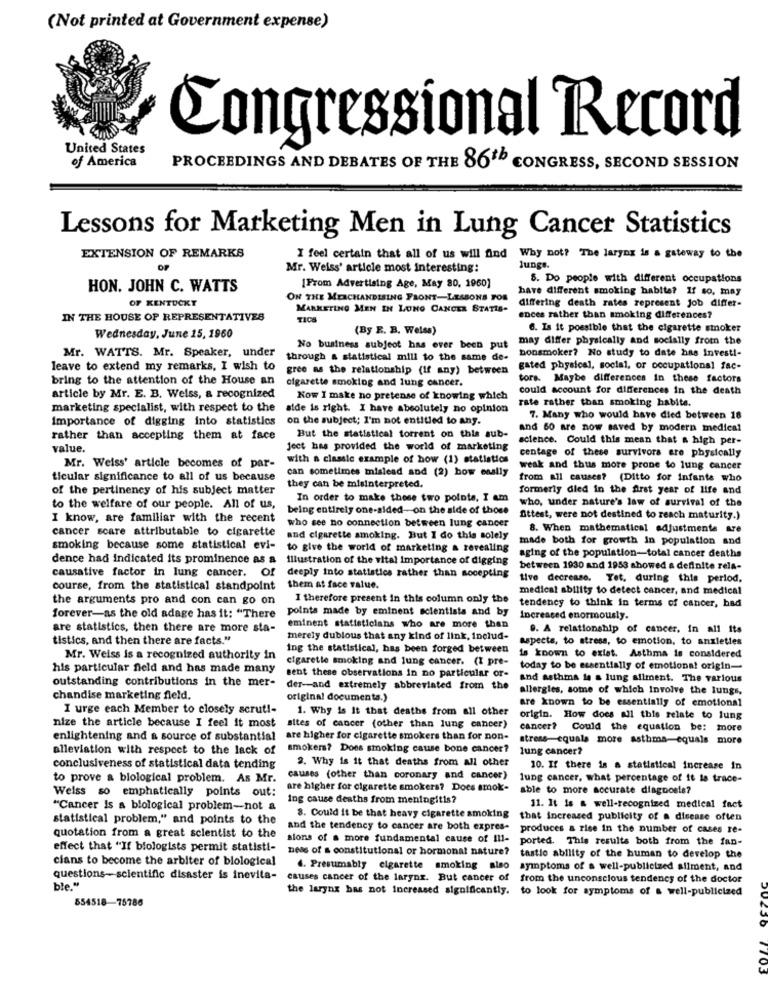
(Not printed at Government expense)
Congressional Record
United States
of America
PROCEEDINGS AND DEBATES OF THE 86ª CONGRESS, SECOND SESSION
Lessons for Marketing Men in Lung Cancer Statistics
EXTENSION OF REMARKS
I feel certain that all of us will find Why not? The larynx is a gateway to the
Mr. Weiss' article most interesting:
Junge.
5. Do people with different occupations
HON. JOHN C. WATTS
[From Advertising Age, May 80, 1960]
have different smoking habite? If so. may
OF KENTUCKY
ON THE MERCHANDISING FRONT-LESSONS FOR
MARKETING MEN IN LUNG CANCER STATIS-
differing death rates represent Job differ-
IN THE HOUSE OF REPRESENTATIVES
ences rather than smoking differences?
(By E. B. Weiss)
6. Is it possible that the cigarette smoker
Wednesday, June 15, 1960
may differ physically and socially from the
Mr. WATTS. Mr. Speaker, under
No business subject has ever been put
bonsmoker? No study to date has Investi-
through a statistical mill to the same de-
leave to extend my remarks, I wish to
gree as the relationship (If any) between
gated physical, social, or occupational fac-
bring to the attention of the House an
cigarette smoking and lung cancer.
tors. Maybe differences in these factors
could account for differences in the death
article by Mr. E. B. Weiss, a recognized
Kow I make no pretense of knowing which
rate rather than smoking habite.
marketing specialist, with respect to the
alde is right. I have absolutely no opinion
Importance of digging into statistics
on the subject; I'm not entitled to any.
7. Many who would have died between 18
and 60 are now saved by modern medical
rather than accepting them at face
But the statistical torrent on this sub-
science. Could this mean that a high per-
value.
ject has provided the world of marketing
centage of these survivors ere physically
with a classic example of how (1) statistics
Mr. Weiss' article becomes of par-
can sometimes mislead and (2) bow enslly
weak and thus more prone to lung cancer
ticular significance to all of us because
from all causes? (Ditto for infants who
of the pertinency of his subject matter
they can be misinterpreted.
formerly died in the first year of life and
In order to make those two points, I am
who, under nature's law of survival of the
to the welfare of our people. All of us,
being entirely one-sided-on the side of those
I know, are familiar with the recent
Attest, were not destined to reach maturity.)
cancer scare attributable to cigarette
who see no connection between lung cancer
8. When mathematical adjustments are
and cigarette smoking. But I do this solely
made both for growth in population and
smoking because some statistical evi-
to give the world of marketing & revealing
dence had indicated its prominence as a
Illustration of the vital importance of digging
aging of the population-total cancer deaths
between 1930 and 1953 showed a definite rela-
causative factor in lung cancer. Of
deeply into statistics rather than socepting
tive decrease. Yet. during this period.
course, from the statistical standpoint
them at face value.
medical ability to detect cancer, and medical
the arguments pro and con can go on
I therefore present in this column only the
tendency to think in terms of cancer, had
points made by eminent scientists and by
forever-as the old adage has it: "There
Increased enormously.
are statistics, then there are more sta-
eminent statisticians who are more than
9. A relationship of cancer. in all its
tistics, and then there are facts."
merely dubious that any kind of link, includ-
aspects, to stress, to emotion, to anxieties
ing the statistical, has been forged between
Mr. Weiss is a recognized authority in
cigarette smoking and lung cancer. (I pre-
is known to exist. Asthma is considered
his particular field and has made many
today to be essentially of emotional origin-
outstanding contributions in the mer-
sent these observations in no particular or-
and asthma is a lung aliment. The various
der-and extremely abbreviated from the
allergies, some of which Involve the lungs.
chandise marketing field.
original documents.)
are known to be essentially of emotional
I urge each Member to closely scrut !-
1. Why is It that deaths from all other
origin. How does all this relate to lung
nize the article because I feel it most sites of cancer (other than lung cancer)
cancer? Could the equation be: more
enlightening and a source of substantial
are higher for cigarette smokers than for non-
stress-equals more asthma-equals more
alleviation with respect to the lack of
smokers? Does smoking cause bone cancer?
lung cancer?
2. Why is it that deaths from all other
conclusiveness of statistical data tending
10. If there is a statistical increase in
to prove a blological problem. As Mr.
causes (other than coronary and cancer)
lung cancer, what percentage of it la trace-
Weiss so emphatically points out:
are higher for cigarette smokers? Does smok-
able to more accurate diagnosis?
ing cause deaths from meningitis?
"Cancer Is a blological problem-not a
11. It is a well-recognized medical fact
statistical problem," and points to the
8. Could it be that heavy cigarette smoking
that increased publicity of a disease often
and the tendency to cancer are both expres-
produces a rise in the number of cases re-
quotation from a great scientist to the
sions of a more fundamental cause of Ill-
ported. This results both from the fan-
effect that "If biologists permit statisti-
ness of s constitutional or hormonal nature?
cians to become the arbiter of biological
tastio ability of the human to develop the
4. Presumably cigarette smoking also symptoms of a well-publicized allment, and
questions-scientific disaster is inevita-
causes cancer of the larynx. But cancer of
from the unconscious tendency of the doctor
ble."
the larynx has not increased significantly. to look for symptoms of a well-publicized
554518-75786
1703